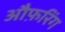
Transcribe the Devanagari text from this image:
औफ़रिंग